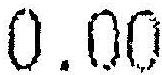
0.00